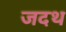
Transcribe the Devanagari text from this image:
जदथ